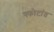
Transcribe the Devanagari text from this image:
स्फोटांत